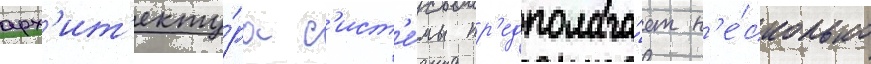
арх'ит'екту́ра с'ист'е́мы пр'едполага́ет н'е́сколько